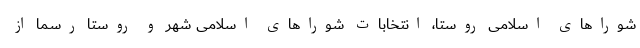
شوراهای اسلامی روستا، انتخابات شوراهای اسلامی شهر و روستا رسما از